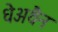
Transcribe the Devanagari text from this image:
धेअथैन